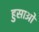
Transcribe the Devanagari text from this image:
हुसाओ